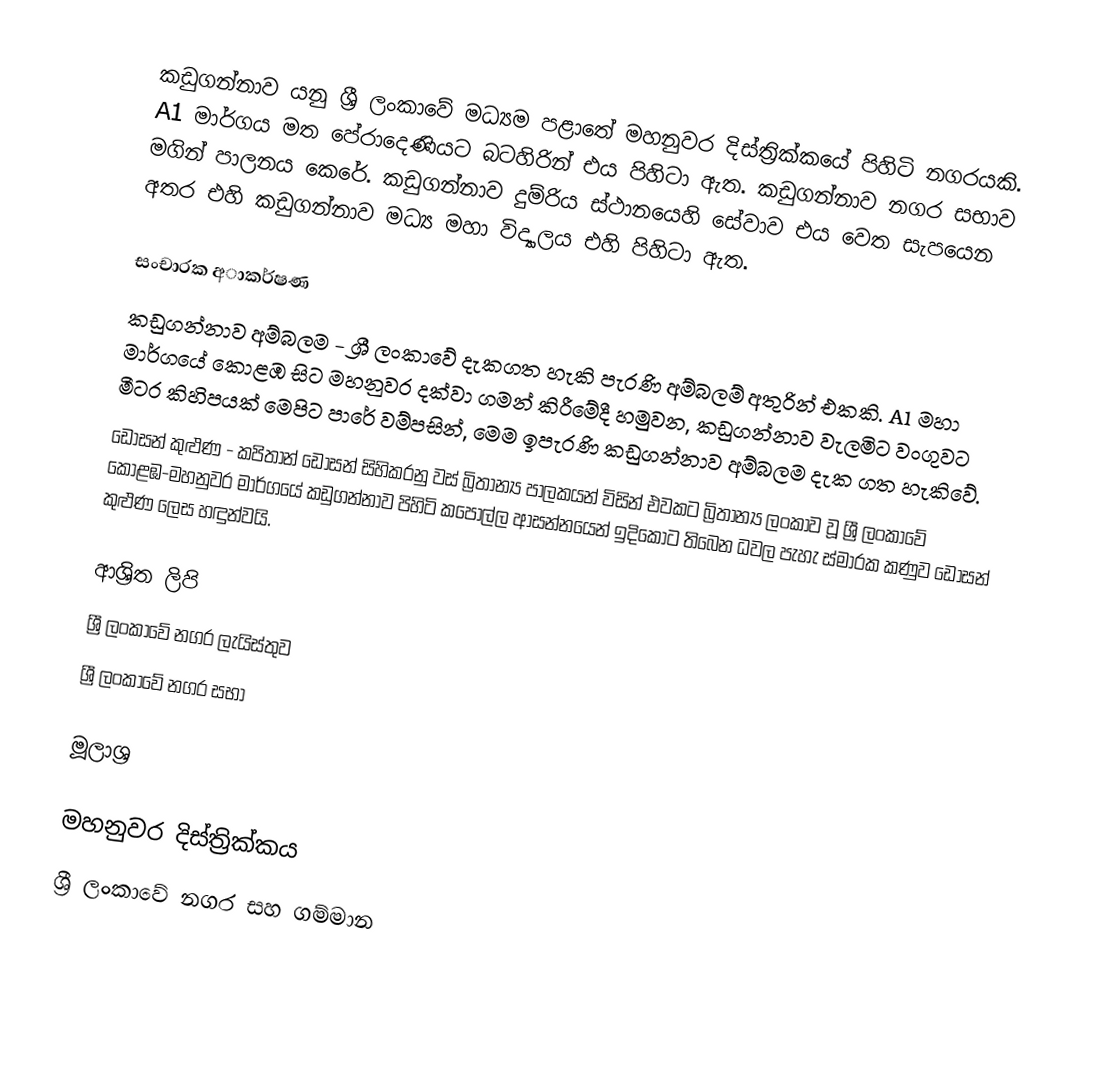
කඩුගන්නාව යනු ශ්‍රී ලංකාවේ මධ්‍යම පළාතේ මහනුවර දිස්ත්‍රික්කයේ පිහිටි නගරයකි. A1 මාර්ගය මත පේරාදෙණියට බටහිරින් එය පිහිටා ඇත.  කඩුගන්නාව නගර සභාව මගින් පාලනය කෙරේ. කඩුගන්නාව දුම්රිය ස්ථානයෙහි සේවාව එය වෙත﻿ සැපයෙන අතර එහි කඩුගන්නාව මධ්‍ය මහා විද්‍යාලය එහි පිහිටා ඇත.

සංචාරක අාකර්ෂණ
කඩුගන්නාව අම්බලම - ශ්‍රී ලංකාවේ දැකගත හැකි පැරණි අම්බලම් අතුරින් එකකි. A1 මහා මාර්ගයේ කොළඹ සිට මහනුවර දක්වා ගමන් කිරීමේදී හමුවන, කඩුගන්නාව වැලමිට වංගුවට මීටර කිහිපයක් මෙපිට පාරේ වම්පසින්, මෙම ඉපැරණි කඩුගන්නාව අම්බලම දැක ගත හැකිවේ.
ඩෝසන් කුළුණ - කපිතාන් ඩෝසන් සිහිකරනු වස් බ්‍රිතාන්‍ය පාලකයන් විසින් එවකට බ්‍රිතාන්‍ය ලංකාව වූ ශ්‍රී ලංකාවේ  කොළඹ-මහනුවර මාර්ගයේ කඩුගන්නාව පිහිටි කපොල්ල ආසන්නයෙන් ඉදිකොට තිබෙන ධවල පැහැ ස්මාරක කණුව ඩෝසන් කුළුණ ලෙස හඳුන්වයි.

ආශ්‍රිත ලිපි
ශ්‍රී ලංකාවේ නගර ලැයිස්තුව
ශ්‍රී ලංකාවේ නගර සභා

මූලාශ්‍ර

මහනුවර දිස්ත්‍රික්කය
ශ්‍රී ලංකාවේ නගර සහ ගම්මාන